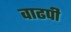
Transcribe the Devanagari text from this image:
वाढपी